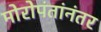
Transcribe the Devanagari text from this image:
मोरोपंतांनंतर